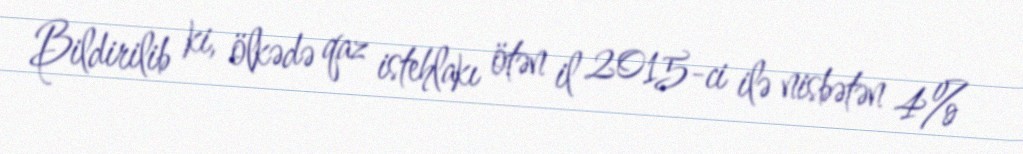
Bildirilib ki, ölkədə qaz istehlakı ötən il 2015-ci ilə nisbətən 4%